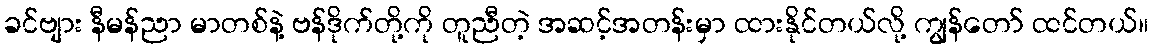
ခင်ဗျား နီမန်ညာ မာတစ်နဲ့ ဗန်ဒိုက်တို့ကို တူညီတဲ့ အဆင့်အတန်းမှာ ထားနိုင်တယ်လို့ ကျွန်တော် ထင်တယ်။